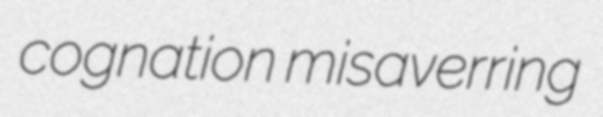
cognation misaverring